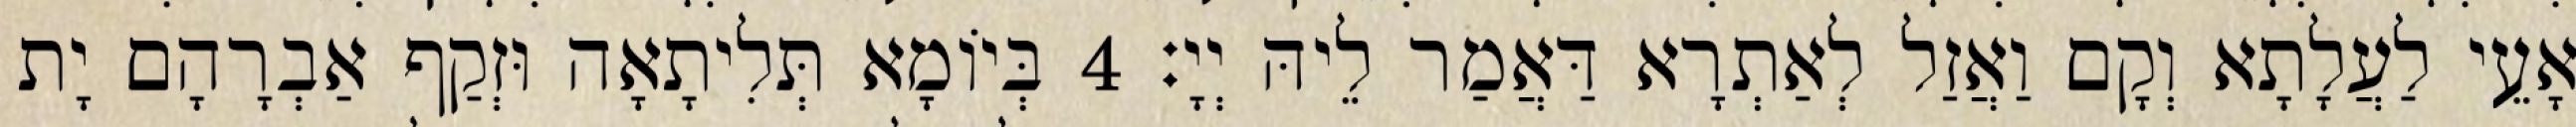
אָעֵי לַעֲלָתָא וְקָם וַאֲזַל לְאַתְרָא דַּאֲמַר לֵיהּ יְיָ׃ 4 בְּיוֹמָא תְּלִיתָאָה וּזְקַף אַבְרָהָם יָת